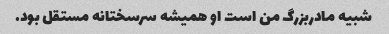
شبیه مادربزرگ من است او همیشه سرسختانه مستقل بود.